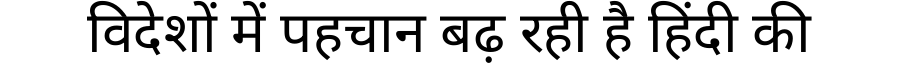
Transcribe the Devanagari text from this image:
विदेशों में पहचान बढ़ रही है हिंदी की